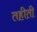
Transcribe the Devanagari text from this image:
तहीती